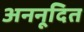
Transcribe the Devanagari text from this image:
अननूदित